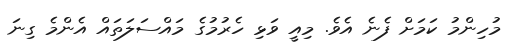
މުހިންމު ކަމަށް ފެނެ އެވެ. މިއީ ވަޅި ހެރުމުގެ މައްސަލަތައް އެންމެ ގިނަ